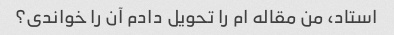
استاد، من مقاله ام را تحویل دادم آن را خواندی؟